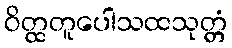
ဝိတ္ထတူပေါသထသုတ္တံ